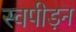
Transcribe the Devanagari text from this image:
स्वपीड़न